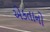
એકતાનો